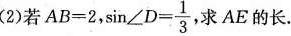
(2)若$$A B = 2$$， $$\sin ∠ D = \frac { 1 } { 3 }$$ 求AE的长。